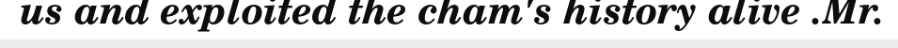
us and exploited the cham's history alive .Mr.